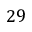
2 9